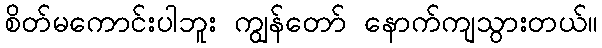
စိတ်မကောင်းပါဘူး ကျွန်တော် နောက်ကျသွားတယ်။